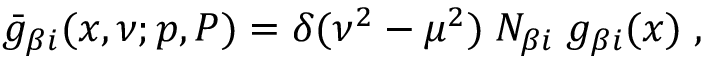
\bar { g } _ { \beta i } ( x , \nu ; p , P ) = \delta ( \nu ^ { 2 } - \mu ^ { 2 } ) \; N _ { \beta i } \; g _ { \beta i } ( x ) \; ,